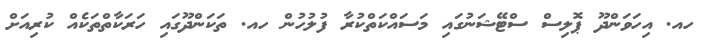
ހއ. އިހަވަންދޫ ޕޮލިސް ސްޓޭޝަނުގައި މަސައްކަތްކުރާ ފުލުހުން ހއ. ތަކަންދޫގައި ހަރަކާތްތަކެއް ކުރިއަށް